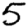
Digit: 5